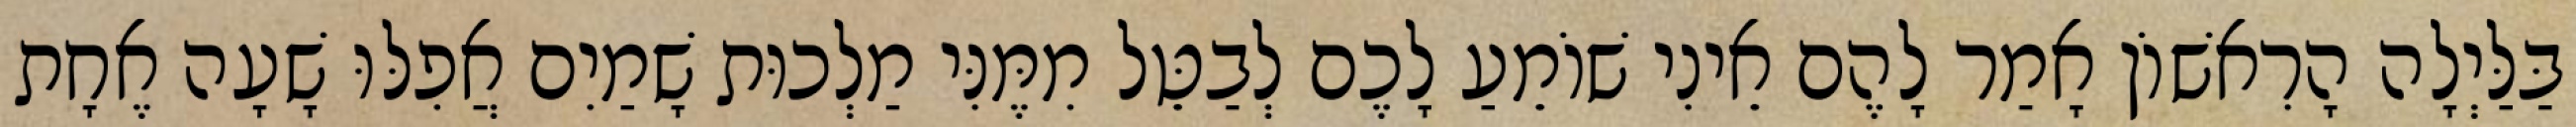
בַּלַּיְלָה הָרִאשׁוֹן אָמַר לָהֶם אֵינִי שׁוֹמֵעַ לָכֶם לְבַטֵּל מִמֶּנִּי מַלְכוּת שָׁמַיִם אֲפִלּוּ שָׁעָה אֶחָת